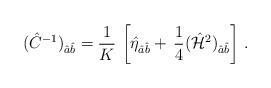
LaTeX: \begin{align*}(\hat{C}^{-1})_{\hat{a}\hat{b}} = {1 \over K} \, \left[\hat{\eta}_{\hat{a}\hat{b}} + \, {1\over 4}(\hat{{\cal H}}^2)_{\hat{a}\hat{b}} \right] \, .\end{align*}